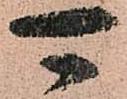
可